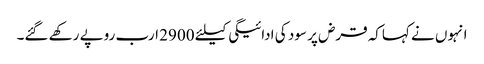
انہوں نے کہاکہ قرض پر سود کی ادائیگی کیلئے 2900 ارب روپے رکھے گئے۔